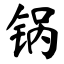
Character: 锅